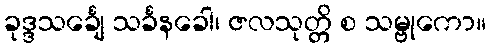
ခုဒ္ဒသင်္ချေ သင်္ခနခေါ၊ ဇလသုတ္တိ စ သမ္ဗုကော။